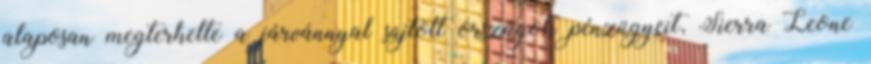
alaposan megterhelte a járvánnyal sújtott országok pénzügyeit, Sierra Leone